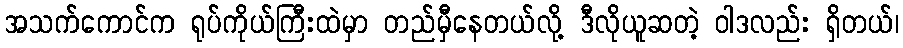
အသက်ကောင်က ရုပ်ကိုယ်ကြီးထဲမှာ တည်မှီနေတယ်လို့ ဒီလိုယူဆတဲ့ ဝါဒလည်း ရှိတယ်၊